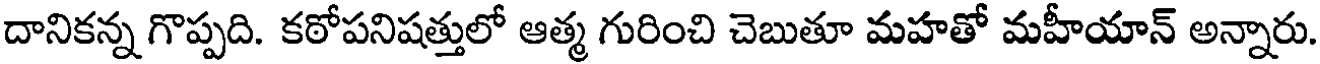
దానికన్న గొప్పది. కఠోపనిషత్తులో ఆత్మ గురించి చెబుతూ మహతో మహీయాన్ అన్నారు